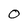
Character: 0